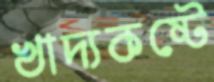
খাদ্যকষ্টে